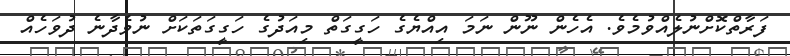
ފަރާތްކޮށްނުލެއްވުމެވެ. އެހެން ނޫން ނަމަ އިއްޔެގެ ހަގީގަތް މިއަދުގެ ހަގީގަތަކަށް ނުވެދާނެ ދުވަހެއް